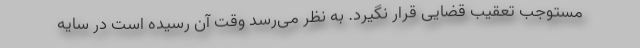
مستوجب تعقیب قضایی قرار نگیرد. به نظر می‌رسد وقت آن رسیده است در سایه